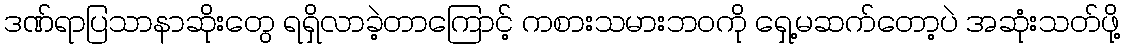
ဒဏ်ရာပြသာနာဆိုးတွေ ရရှိလာခဲ့တာကြောင့် ကစားသမားဘဝကို ရှေ့မဆက်တော့ပဲ အဆုံးသတ်ဖို့